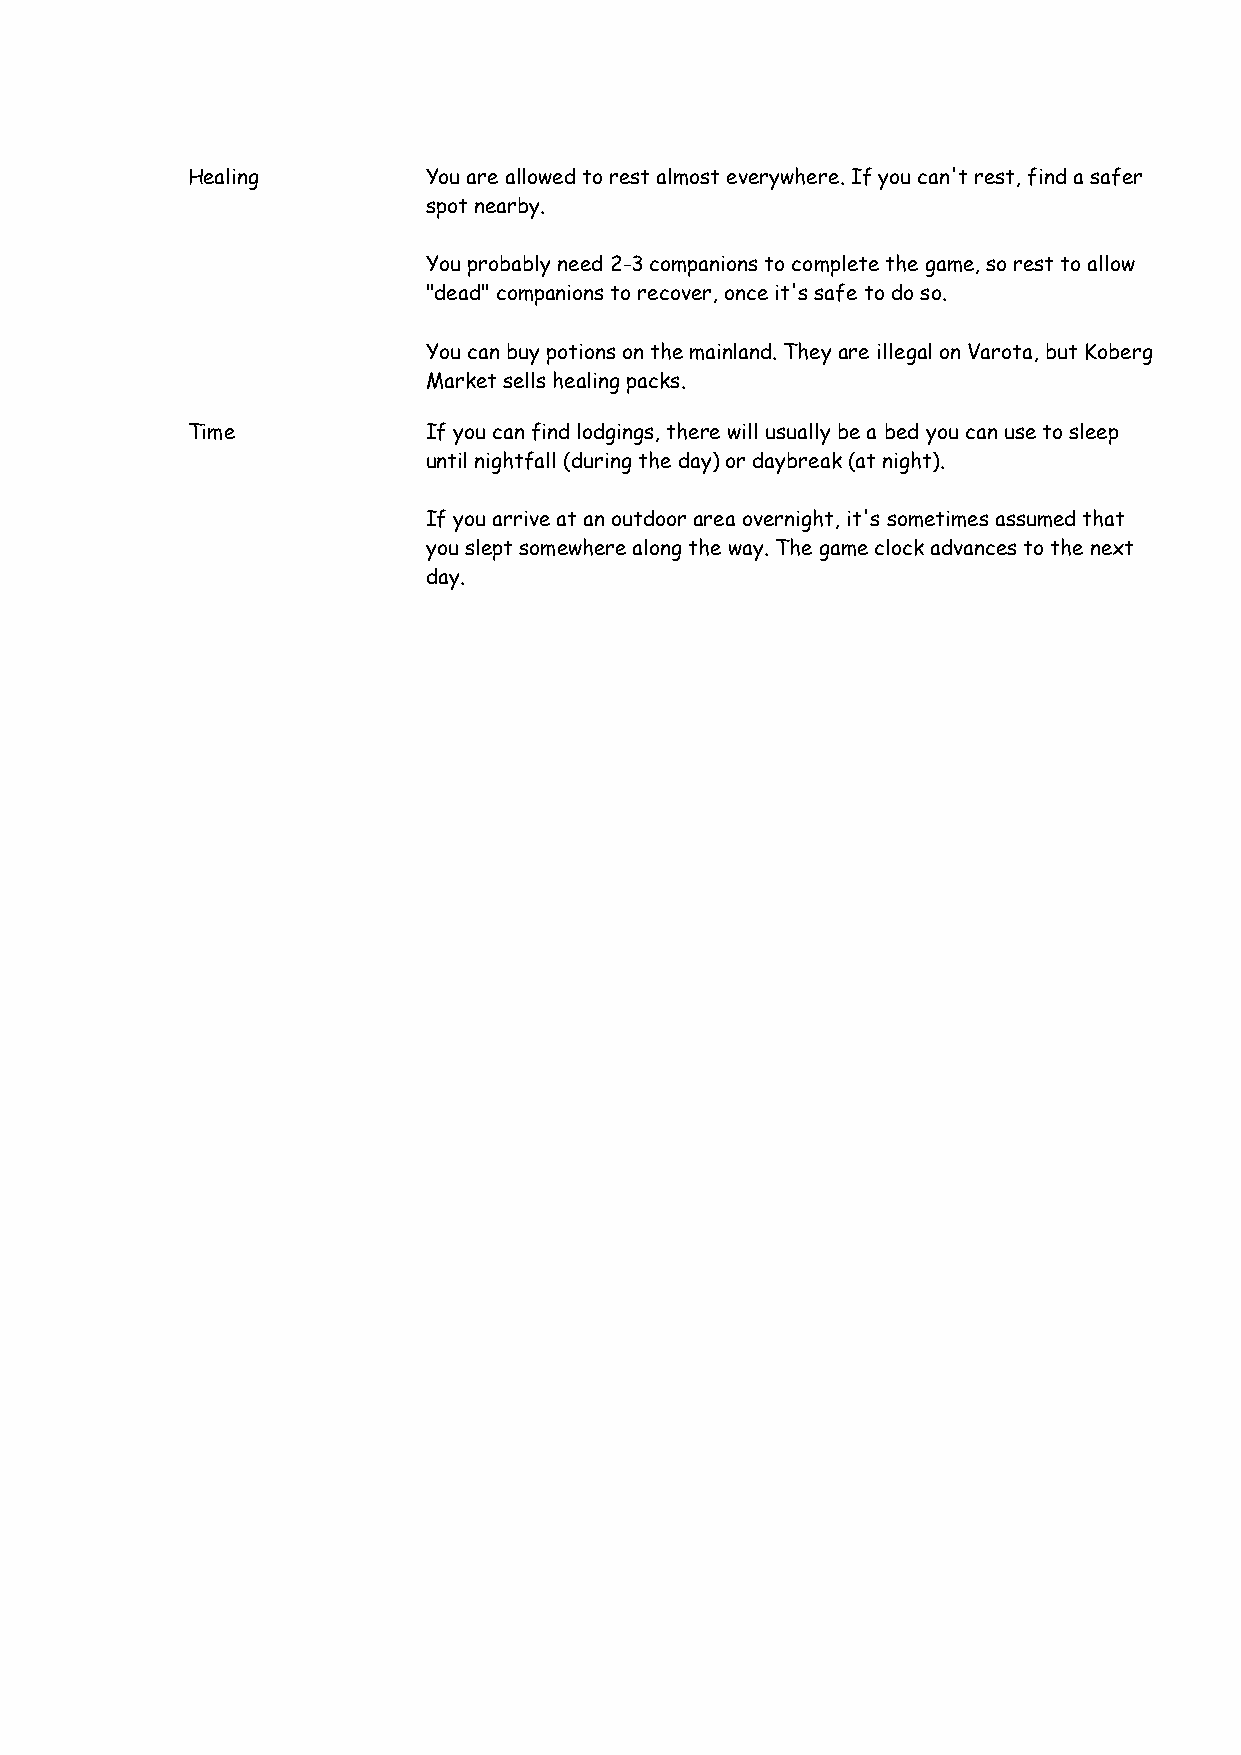
Healing         You are allowed to rest almost everywhere. If you can't rest, find a safer
 spot nearby.
 You probably need 2-3 companions to complete the game, so rest to allow
 "dead" companions to recover, once it's safe to do so.
 You can buy potions on the mainland. They are illegal on Varota, but Koberg
 Market sells healing packs.
 Time            If you can find lodgings, there will usually be a bed you can use to sleep
 until nightfall (during the day) or daybreak (at night).
 If you arrive at an outdoor area overnight, it's sometimes assumed that
 you slept somewhere along the way. The game clock advances to the next
 day.